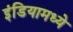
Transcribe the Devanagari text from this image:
इंडियामध्‍ये